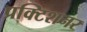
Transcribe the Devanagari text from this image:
प्रक्टिशनर